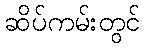
ဆိပ်ကမ်းတွင်